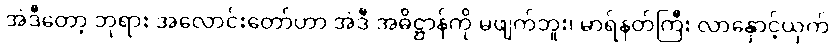
အဲဒီတော့ ဘုရား အလောင်းတော်ဟာ အဲဒီ အဓိဋ္ဌာန်ကို မဖျက်ဘူး၊ မာရ်နတ်ကြီး လာနှောင့်ယှက်